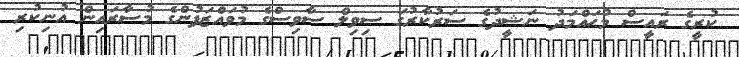
ކުރީގެ ރައީސް މުޙައްމަދު ނަޝީދުގެ ސަރުކާރުގަ ސިވިލް ސާވިސްގެ މުވައްޒަފުންގެ މުސާރައިން އުނިކުރި